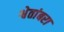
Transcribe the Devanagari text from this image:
श्वेतांबरा